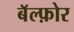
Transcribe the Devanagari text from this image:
बॅल्फ़ोर